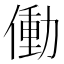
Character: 働